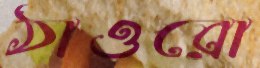
ঠাওরো